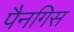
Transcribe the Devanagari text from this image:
पैनगिस